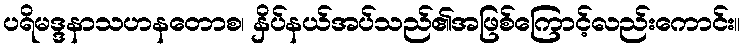
ပရိမဒ္ဒနာသဟနတောစ၊ နှိပ်နယ်အပ်သည်၏အဖြစ်ကြောင့်လည်းကောင်း။